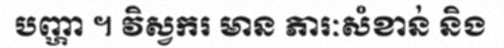
បញ្ហា ។ វិស្វករ មាន ភារៈសំខាន់ និង